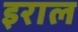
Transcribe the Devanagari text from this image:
इराल